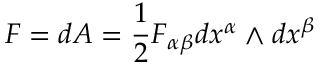
F = d A = { \frac { 1 } { 2 } } F _ { \alpha \beta } d x ^ { \alpha } \wedge d x ^ { \beta }